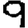
Digit: 9